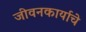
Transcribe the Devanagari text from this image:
जीवनकार्याचे